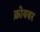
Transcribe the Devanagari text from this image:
क्रोयबर